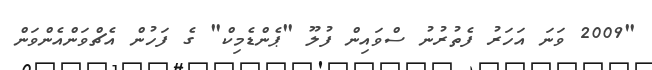
"2009 ވަނަ އަހަރު ފެތުރުނު ސްވައިން ފުލޫ "ޕެންޑެމިކް" ގެ ފަހުން އެޗްވަންއެންވަން